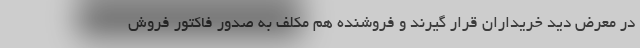
در معرض دید خریداران قرار گیرند و فروشنده هم مکلف به صدور فاکتور فروش